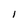
Character: l